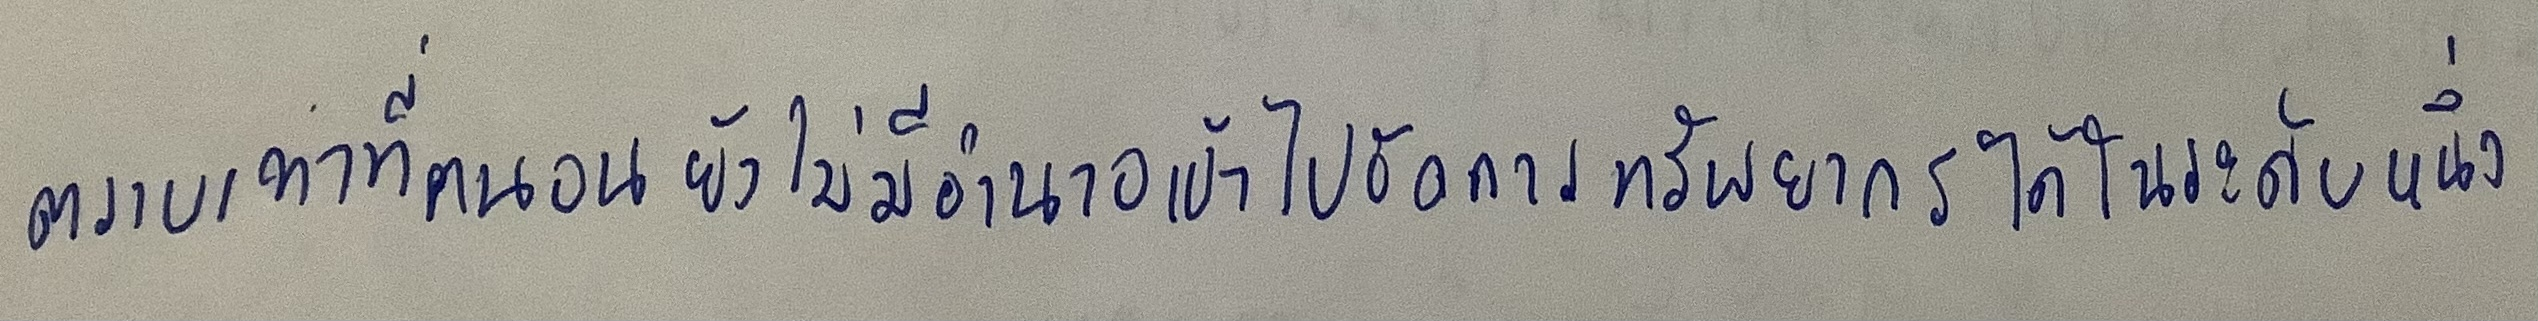
ตราบเท่าที่คนจนยังไม่มีอำนาจเข้าไปจัดการทรัพยากรได้ในระดับหนึ่ง